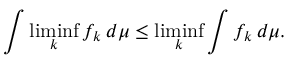
\int \operatorname* { l i m i n f } _ { k } f _ { k } \, d \mu \leq \operatorname* { l i m i n f } _ { k } \int f _ { k } \, d \mu .